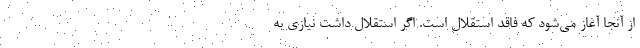
از آنجا آغاز می‌شود که فاقد استقلال است. اگر استقلال داشت نیازی به